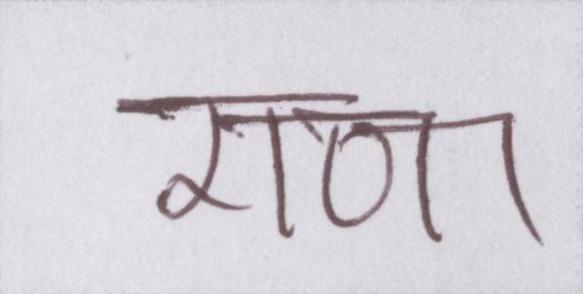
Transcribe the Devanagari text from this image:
राणा